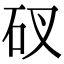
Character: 䂘